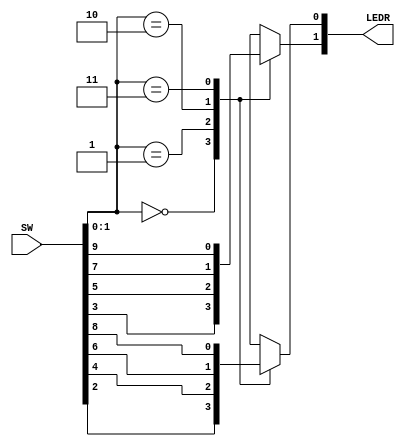

//=======================================================
//  This code is generated by Terasic System Builder
//=======================================================

module EXP1(

	//////////// SW //////////
	input 		     [9:0]		SW,

	//////////// LED //////////
	output	reg	  [9:0]		LEDR
);



//=======================================================
//  REG/WIRE declarations
//=======================================================
wire [1:0]cin;


//=======================================================
//  Structural coding
//=======================================================
assign cin[0] = SW[0]; 
assign cin[1] = SW[1];

always @ (cin)
begin
	case(cin)
		0: begin LEDR[0] = SW[2];LEDR[1] = SW[3]; end
		1: begin LEDR[0] = SW[4];LEDR[1] = SW[5]; end
		2: begin LEDR[0] = SW[6];LEDR[1] = SW[7]; end
		3: begin LEDR[0] = SW[8];LEDR[1] = SW[9]; end
		default: begin LEDR[0] = SW[2];LEDR[1] = SW[3]; end
	endcase
end 

endmodule